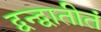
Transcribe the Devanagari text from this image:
द्वन्द्वातीतं